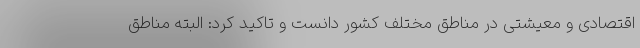
اقتصادی و معیشتی در مناطق مختلف کشور دانست و تاکید کرد: البته مناطق